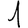
Digit: 1